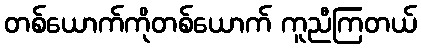
တစ်ယောက်ကိုတစ်ယောက် ကူညီကြတယ်